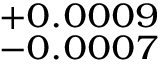
^ { + 0 . 0 0 0 9 } _ { - 0 . 0 0 0 7 }